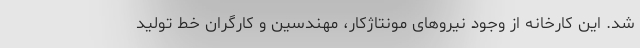
شد. این کارخانه از وجود نیروهای مونتاژکار،‌ مهندسین و کارگران خط تولید